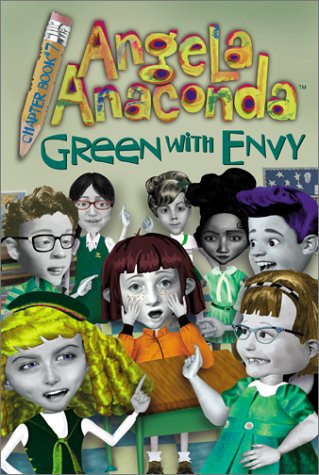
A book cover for Green with Envy (Angela Anaconda Chapter Book); Barbara Calamari; Children's Books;